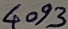
Text: 4093